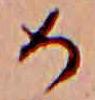
め